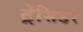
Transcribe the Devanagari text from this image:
ट्रेसिडर